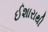
ઈશારાથી